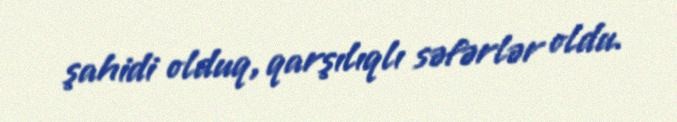
şahidi olduq, qarşılıqlı səfərlər oldu.